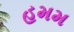
હમમ